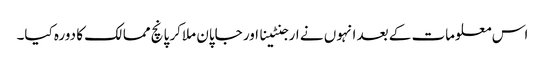
اس معلومات کے بعد انہوں نے ارجنٹینا اور جاپان ملاکر پانچ ممالک کا دورہ کیا۔